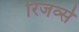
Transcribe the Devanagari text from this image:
रिजर्व्स